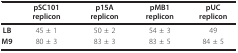
<table><thead><tr><td></td><td><b>pSC101 replicon</b></td><td><b>p15A replicon</b></td><td><b>pMB1 replicon</b></td><td><b>pUC replicon</b></td></tr></thead><tbody><tr><td><b>LB</b></td><td>45 ± 1</td><td>50 ± 2</td><td>54 ± 3</td><td>49</td></tr><tr><td><b>M9</b></td><td>80 ± 3</td><td>83 ± 3</td><td>83 ± 5</td><td>84 ± 5</td></tr></tbody></table>